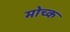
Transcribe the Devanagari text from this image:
मोच्क